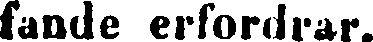
fande erfordrar.